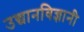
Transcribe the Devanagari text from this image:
उद्यानविज्ञानी